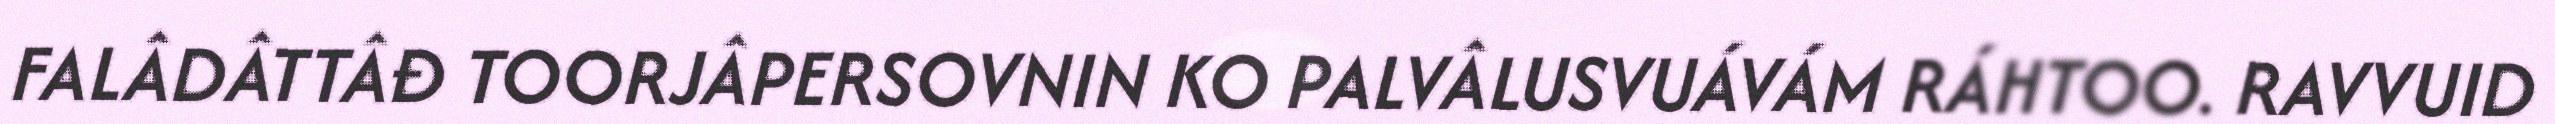
FALÂDÂTTÂĐ TOORJÂPERSOVNIN KO PALVÂLUSVUÁVÁM RÁHTOO. RAVVUID